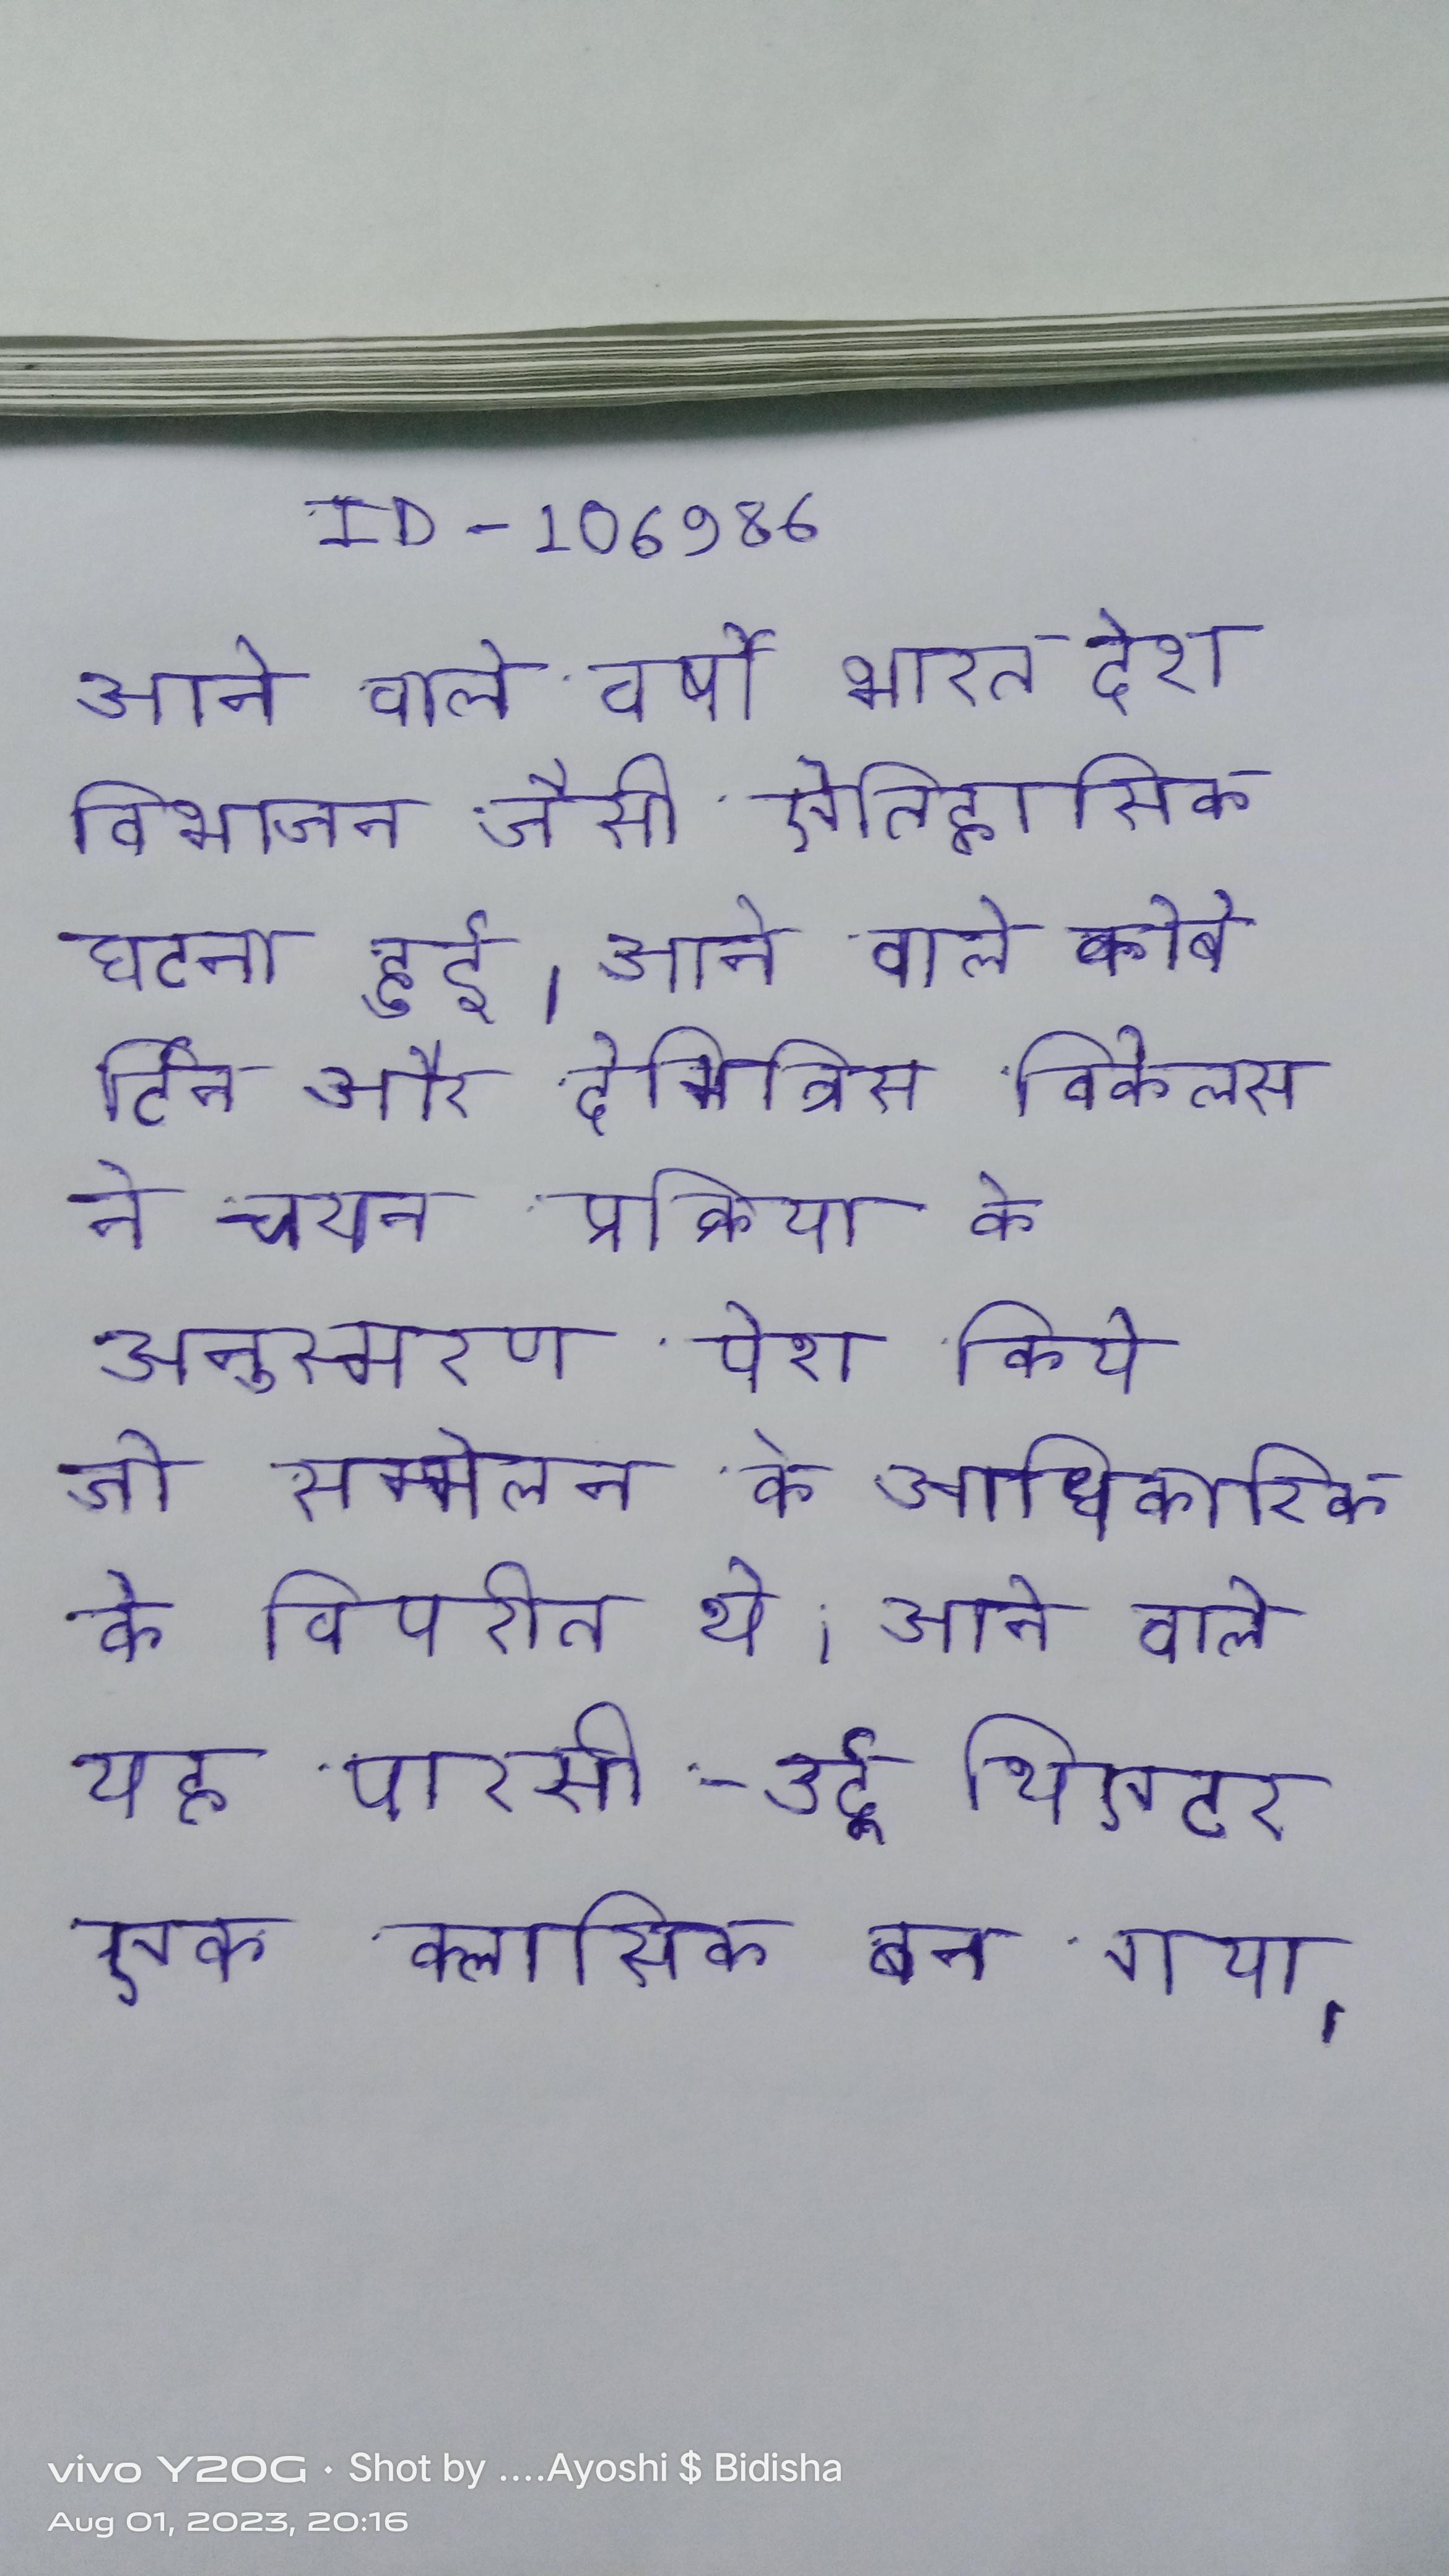
आने वाले वर्षो भारत देश विभाजन जैसी ऎतिहासिक घटना हुई । आने वाले कोबेर्टिन और देमित्रिस विकेलस ने चयन प्रक्रिया के अनुस्मरण पेश किये जो सम्मेलन के आधिकारिक के विपरीत थे । आने वाले यह पारसी-उर्दू थिएटर एक क्लासिक बन गया ।